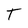
Character: T